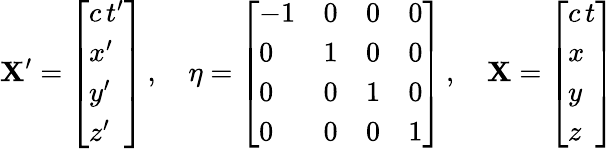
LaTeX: \mathbf{X}^{\prime}={\left[\begin{array}{l}{c\, t^{\prime}}\\ {x^{\prime}}\\ {y^{\prime}}\\ {z^{\prime}}\end{array}\right]}\, ,\quad\eta={\left[\begin{array}{llll}{-1}&{0}&{0}&{0}\\ {0}&{1}&{0}&{0}\\ {0}&{0}&{1}&{0}\\ {0}&{0}&{0}&{1}\end{array}\right]}\, ,\quad\mathbf{X}={\left[\begin{array}{l}{c\, t}\\ {x}\\ {y}\\ {z}\end{array}\right]}